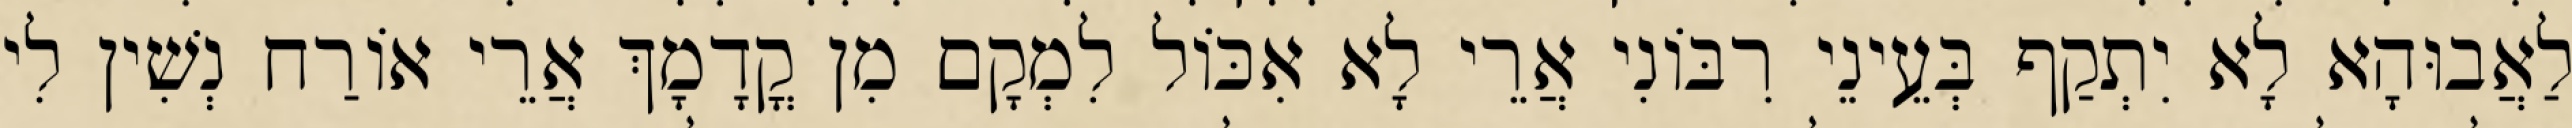
לַאֲבוּהָא לָא יִתְקַף בְּעֵינֵי רִבּוֹנִי אֲרֵי לָא אִכּוֹל לִמְקָם מִן קֳדָמָךְ אֲרֵי אוֹרַח נְשִׁין לִי